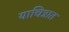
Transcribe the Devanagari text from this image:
याचित्रात